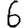
Digit: 6